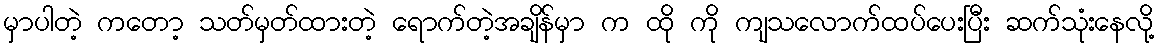
မှာပါတဲ့ ကတော့ သတ်မှတ်ထားတဲ့ ရောက်တဲ့အချိန်မှာ က ထို ကို ကျသလောက်ထပ်ပေးပြီး ဆက်သုံးနေလို့